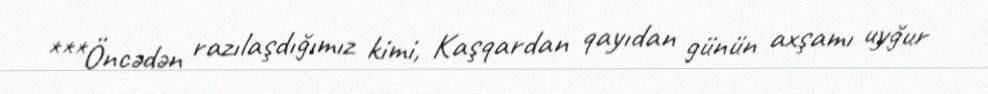
***Öncədən razılaşdığımız kimi, Kaşqardan qayıdan günün axşamı uyğur